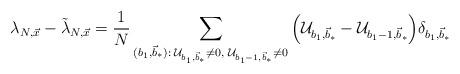
LaTeX: \begin{align*}\lambda_{N,\vec{x}}- \tilde{\lambda}_{N,\vec{x}} = \frac{1}{N}\sum_{(b_1,\vec{b}_\ast):\;\mathcal{U}_{b_1,\vec{b}_\ast}\neq 0, \; \mathcal{U}_{b_1-1,\vec{b}_\ast}\neq 0}\Big(\mathcal{U}_{b_1,\vec{b}_\ast}-\mathcal{U}_{b_1-1,\vec{b}_\ast}\Big)\delta_{b_1,\vec{b}_\ast}\end{align*}